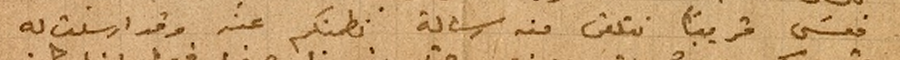
فعسَى قريباً نتلقى منه رسالة نطمنكم عنه وقد ارسلت له